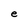
Character: e